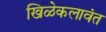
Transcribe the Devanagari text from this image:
खिळेकलावंत